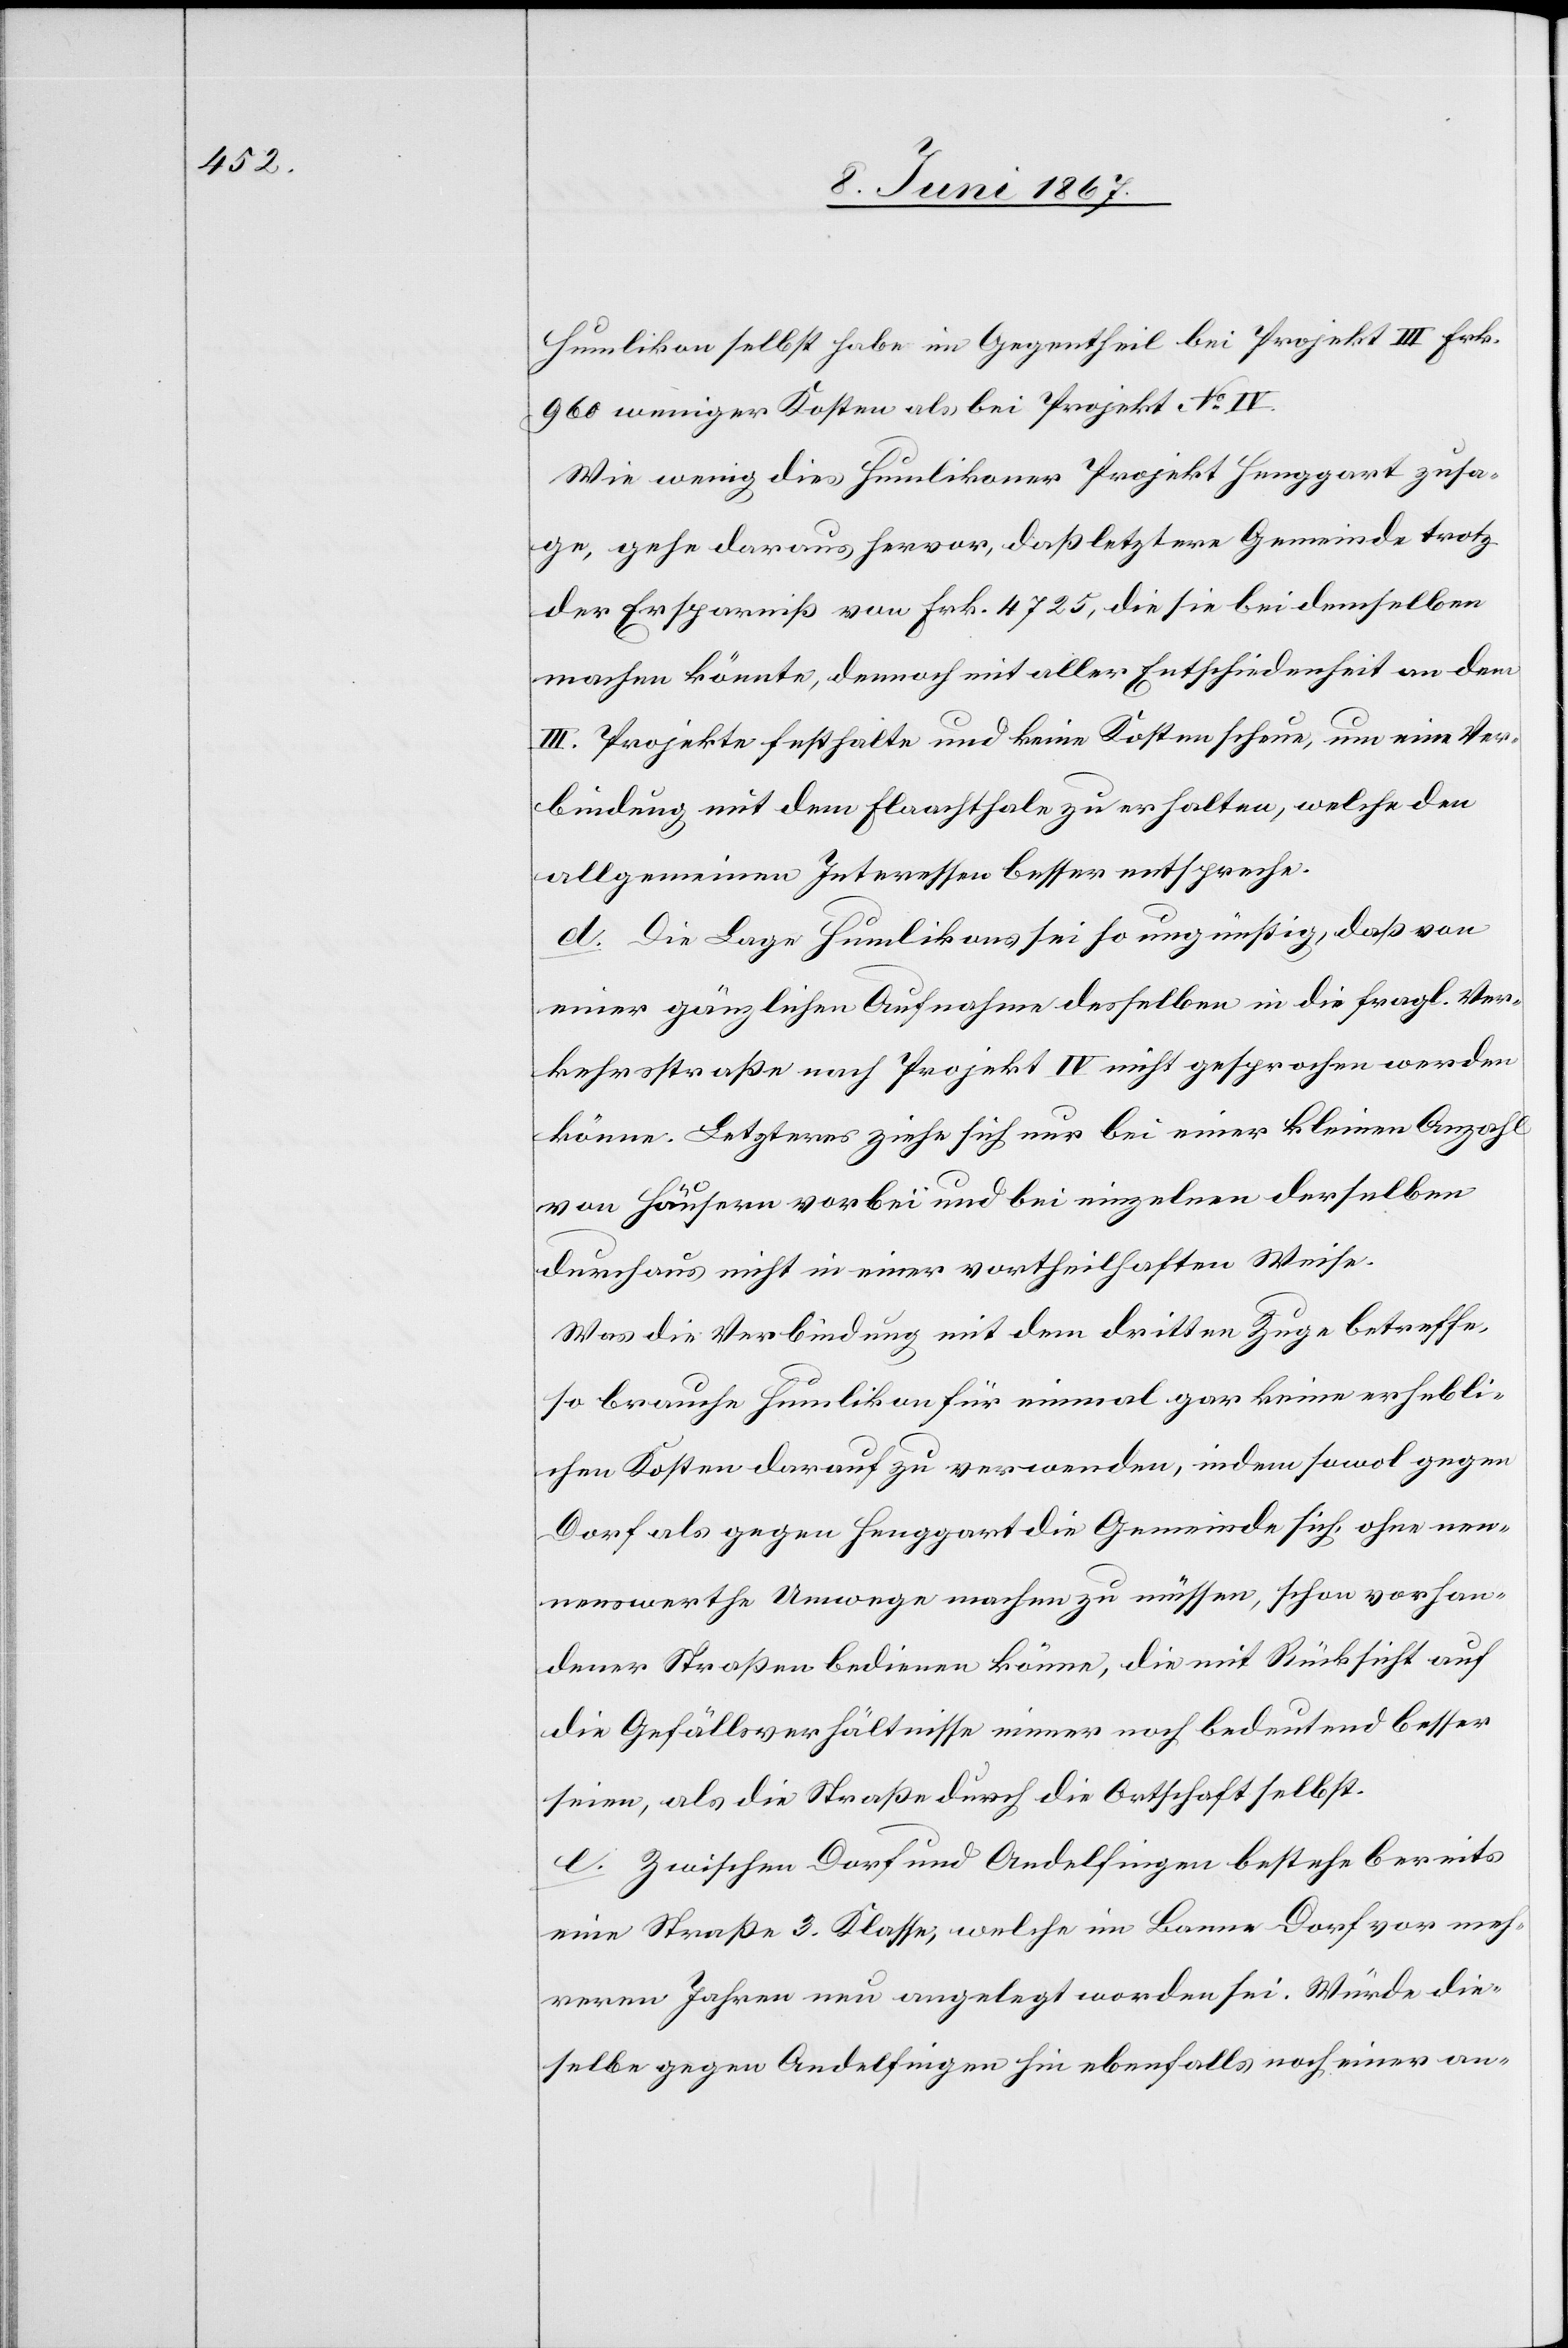
Humlikon selbst habe im Gegentheil bei Projekt III Frk.
960 weniger Kosten als bei Projekt No. IV.
Wie wenig dies Humlikoner Projekt Henggart zusa¬
ge, gehe daraus hervor, daß letztere Gemeinde trotz
der Ersparniß von Frk. 4725, die sie bei demselben
machen könnte, demnach mit aller Entschiedenheit an dem
III. Projekt festhalte und keine Kosten scheue, um eine Ver¬
bindung mit dem Flaachthale zu erhalten, welche den
allgemeinen Interessen besser entspreche.
d. Die Lage Humlikons sei so ungünstig, daß von
einer gänzlichen Aufnahme desselben in die fragl. Ver¬
kehrsstraße nach Projekt IV nicht gesprochen werden
könne. Letzteres ziehe sich nur bei einer kleinen Anzahl
von Häusern vorbei und bei einzelnen derselben
durchaus nicht in einer vortheilhaften Weise.
Was die Verbindung mit dem dritten Zuge betreffe,
so brauche Humlikon für einmal gar keine erhebli¬
chen Kosten darauf zu verwenden, indem sowol gegen
Dorf als gegen Henggart die Gemeinde sich, ohne nen¬
nenswerthe Umwege machen zu müssen, schon vorhan¬
dener Straßen bedienen könne, die mit Rücksicht auf
die Gefällsverhältnisse immer noch bedeutend besser
seien, als die Straße durch die Ortschaft selbst.
e. Zwischen Dorf und Andelfingen bestehe bereits
eine Straße 3. Klasse, welche im Banne Dorf vor meh¬
reren Jahren neu angelegt worden sei. Würde die¬
selbe gegen Andelfingen hin ebenfalls noch einer an-